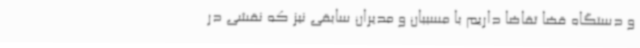
و دستگاه قضا تقاضا داریم با مسببان و مدیران سابقی نیز که نقشی در